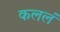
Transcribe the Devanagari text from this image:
कललं